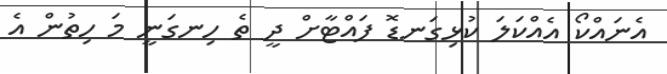
އެނައްކޯ އެއްކަލަ ކުޅިގަނޑޮ ފައްޓާށް ދީ ތެ ހިނގަނީ މަ ހިތުން އެ